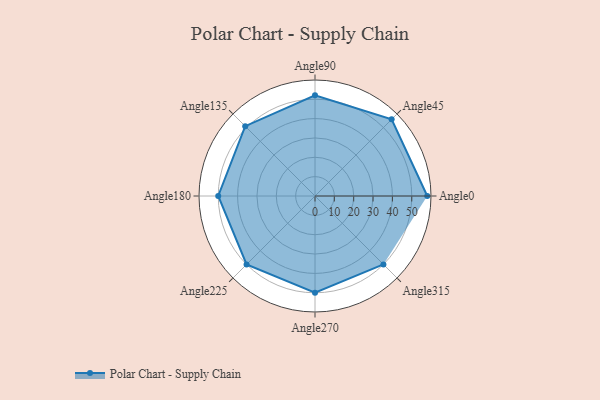
{"axis": {"x": "Angle", "y": "Radius"}, "legend": [""], "data": [{"x": "Angle0", "y": 58.0, "type": ""}, {"x": "Angle45", "y": 56.0, "type": ""}, {"x": "Angle90", "y": 52.0, "type": ""}, {"x": "Angle135", "y": 51.0, "type": ""}, {"x": "Angle180", "y": 50, "type": ""}, {"x": "Angle225", "y": 50, "type": ""}, {"x": "Angle270", "y": 50, "type": ""}, {"x": "Angle315", "y": 50, "type": ""}]}